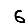
Digit: 6